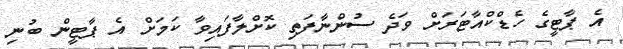
އެ ޕާޓީގެ ހެޑްކްއާޓަރަށް ވަދެ ސުންނާފަތި ކޮށްލާފައިވާ ކަމަށް އެ ޕާޓީން ބުނި